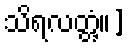
သိရလတ္တံ့။]